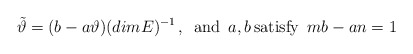
\begin{align*}\tilde \vartheta = (b-a\vartheta)(dim E)^{-1} \, , \enspace \mbox{and} \enspace a, b \, \mbox{satisfy} \enspace mb - an = 1\end{align*}